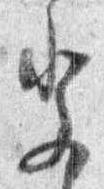
祭